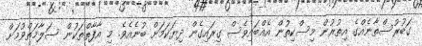
ގަބުރުސްތާނެއްގެ އިތުރުން މިސްކިތުން އެއްބައިވެސް ގިރައިގެން ދިޔަކަމަށް ބުނެއެވެ. މި އާފާތްތަކުން ސަލާމަތްވުމަށް